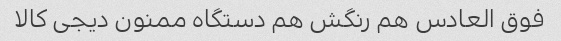
فوق العادس هم رنگش هم دستگاه ممنون دیجی کالا